Vaccine operations Central Provinces & Berar 1912-1920 - 1912-1920
Year: 1912
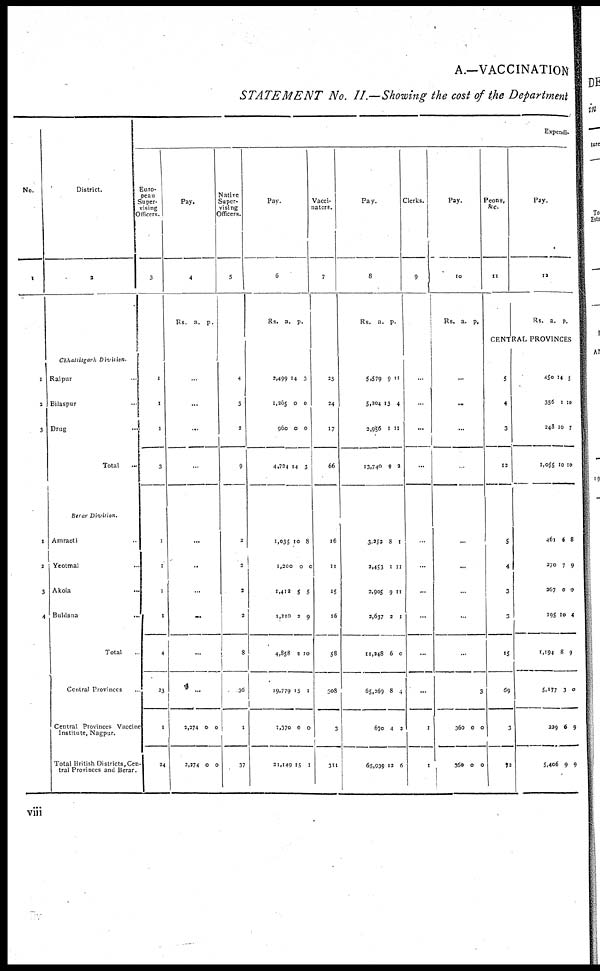
A.—VACCINATION
STATEMENT
No. II.—Showing the cost of the Department
No.
1
1
2
3
1
2
3
4
District.
2
Chhattisgarh Division
Raipur ...
Bilaspur ...
Drug ...
Total ...
Berar Division
Amraoti ...
Yeotmal ...
Akola
...
Buldana
...
Total ...
Central Provinces ...
Central Provinces Vaccine
Institute, Nagpur.
Total British Districts, Cen¬
tral Provinces and Berar.
Expendi¬
Euro¬
pean
Super-
vising
Officers.
3
1
1
1
3
1
1
1
1
4
23
1
24
Pay.
4
Rs. a. p.
...
...
...
...
...
...
...
...
...
...
2,274
2,274
0
0
0
0
Native
Super-
vising
Officers.
5
4
3
2
9
2
2
2
2
8
36
1
37
Pay.
6
Rs.
a.
p.
2,499
1,265
960
4,724
14
0
0
14
3
0
0
3
1,035
1,200
1,412
1,210
4,858
19,779
1,370
21,149
10
0
5
2
2
15
0
15
8
0
5
9
10
1
0
1
Vacci-
nators.
7
25
24
17
66
16
11
15
16
58
308
3
311
Pay.
8
Rs.
a.
p.
5,579
5,204
2,956
13,740
9
13
1
9
11
4
11
2
3,252
2,453
2,905
2,637
11,248
65,269
670
65,939
8
1
9
2
6
8
4
12
1
11
11
1
0
4
2
6
Clerks.
9
...
...
...
...
...
...
...
...
...
...
1
1
Pay.
10
Rs. a. p.
...
...
...
...
...
...
...
...
...
360
360
0
0
3
0
0
Peons,
&c.
11
Pay.
12
Rs.
a.
p.
CENTRAL PROVINCES
5
4
3
12
5
4
3
3
15
69
3
72
450
356
248
1,055
14
1
10
10
5
10
7
10
461
270
267
195
1,194
5,177
229
5,406
6
7
0
10
8
3
6
9
8
9
0
4
9
0
9
9
viii